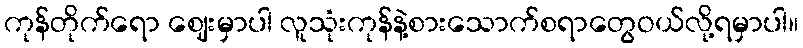
ကုန်တိုက်ရော ဈေးမှာပါ လူသုံးကုန်နဲ့စားသောက်စရာတွေဝယ်လို့ရမှာပါ။